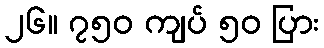
၂၆။ ၇၅၀ ကျပ် ၅၀ ပြား